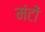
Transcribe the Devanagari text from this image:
मंटों